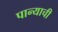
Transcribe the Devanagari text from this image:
पान्याची